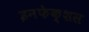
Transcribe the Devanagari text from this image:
इनफेक्शस